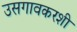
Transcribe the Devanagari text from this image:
उसगावकरशी